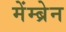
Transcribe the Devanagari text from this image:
मेंम्ब्रेन